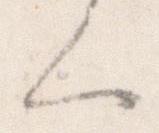
く